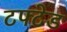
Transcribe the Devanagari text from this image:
टफ्टेड